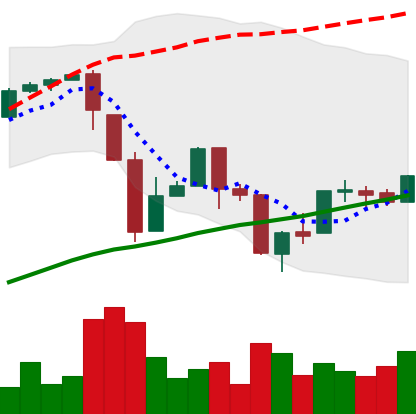
Ticker: BTC-USD
Chart end date: 2017-03-31
Forward return: 4.944%
Label: up_3_5